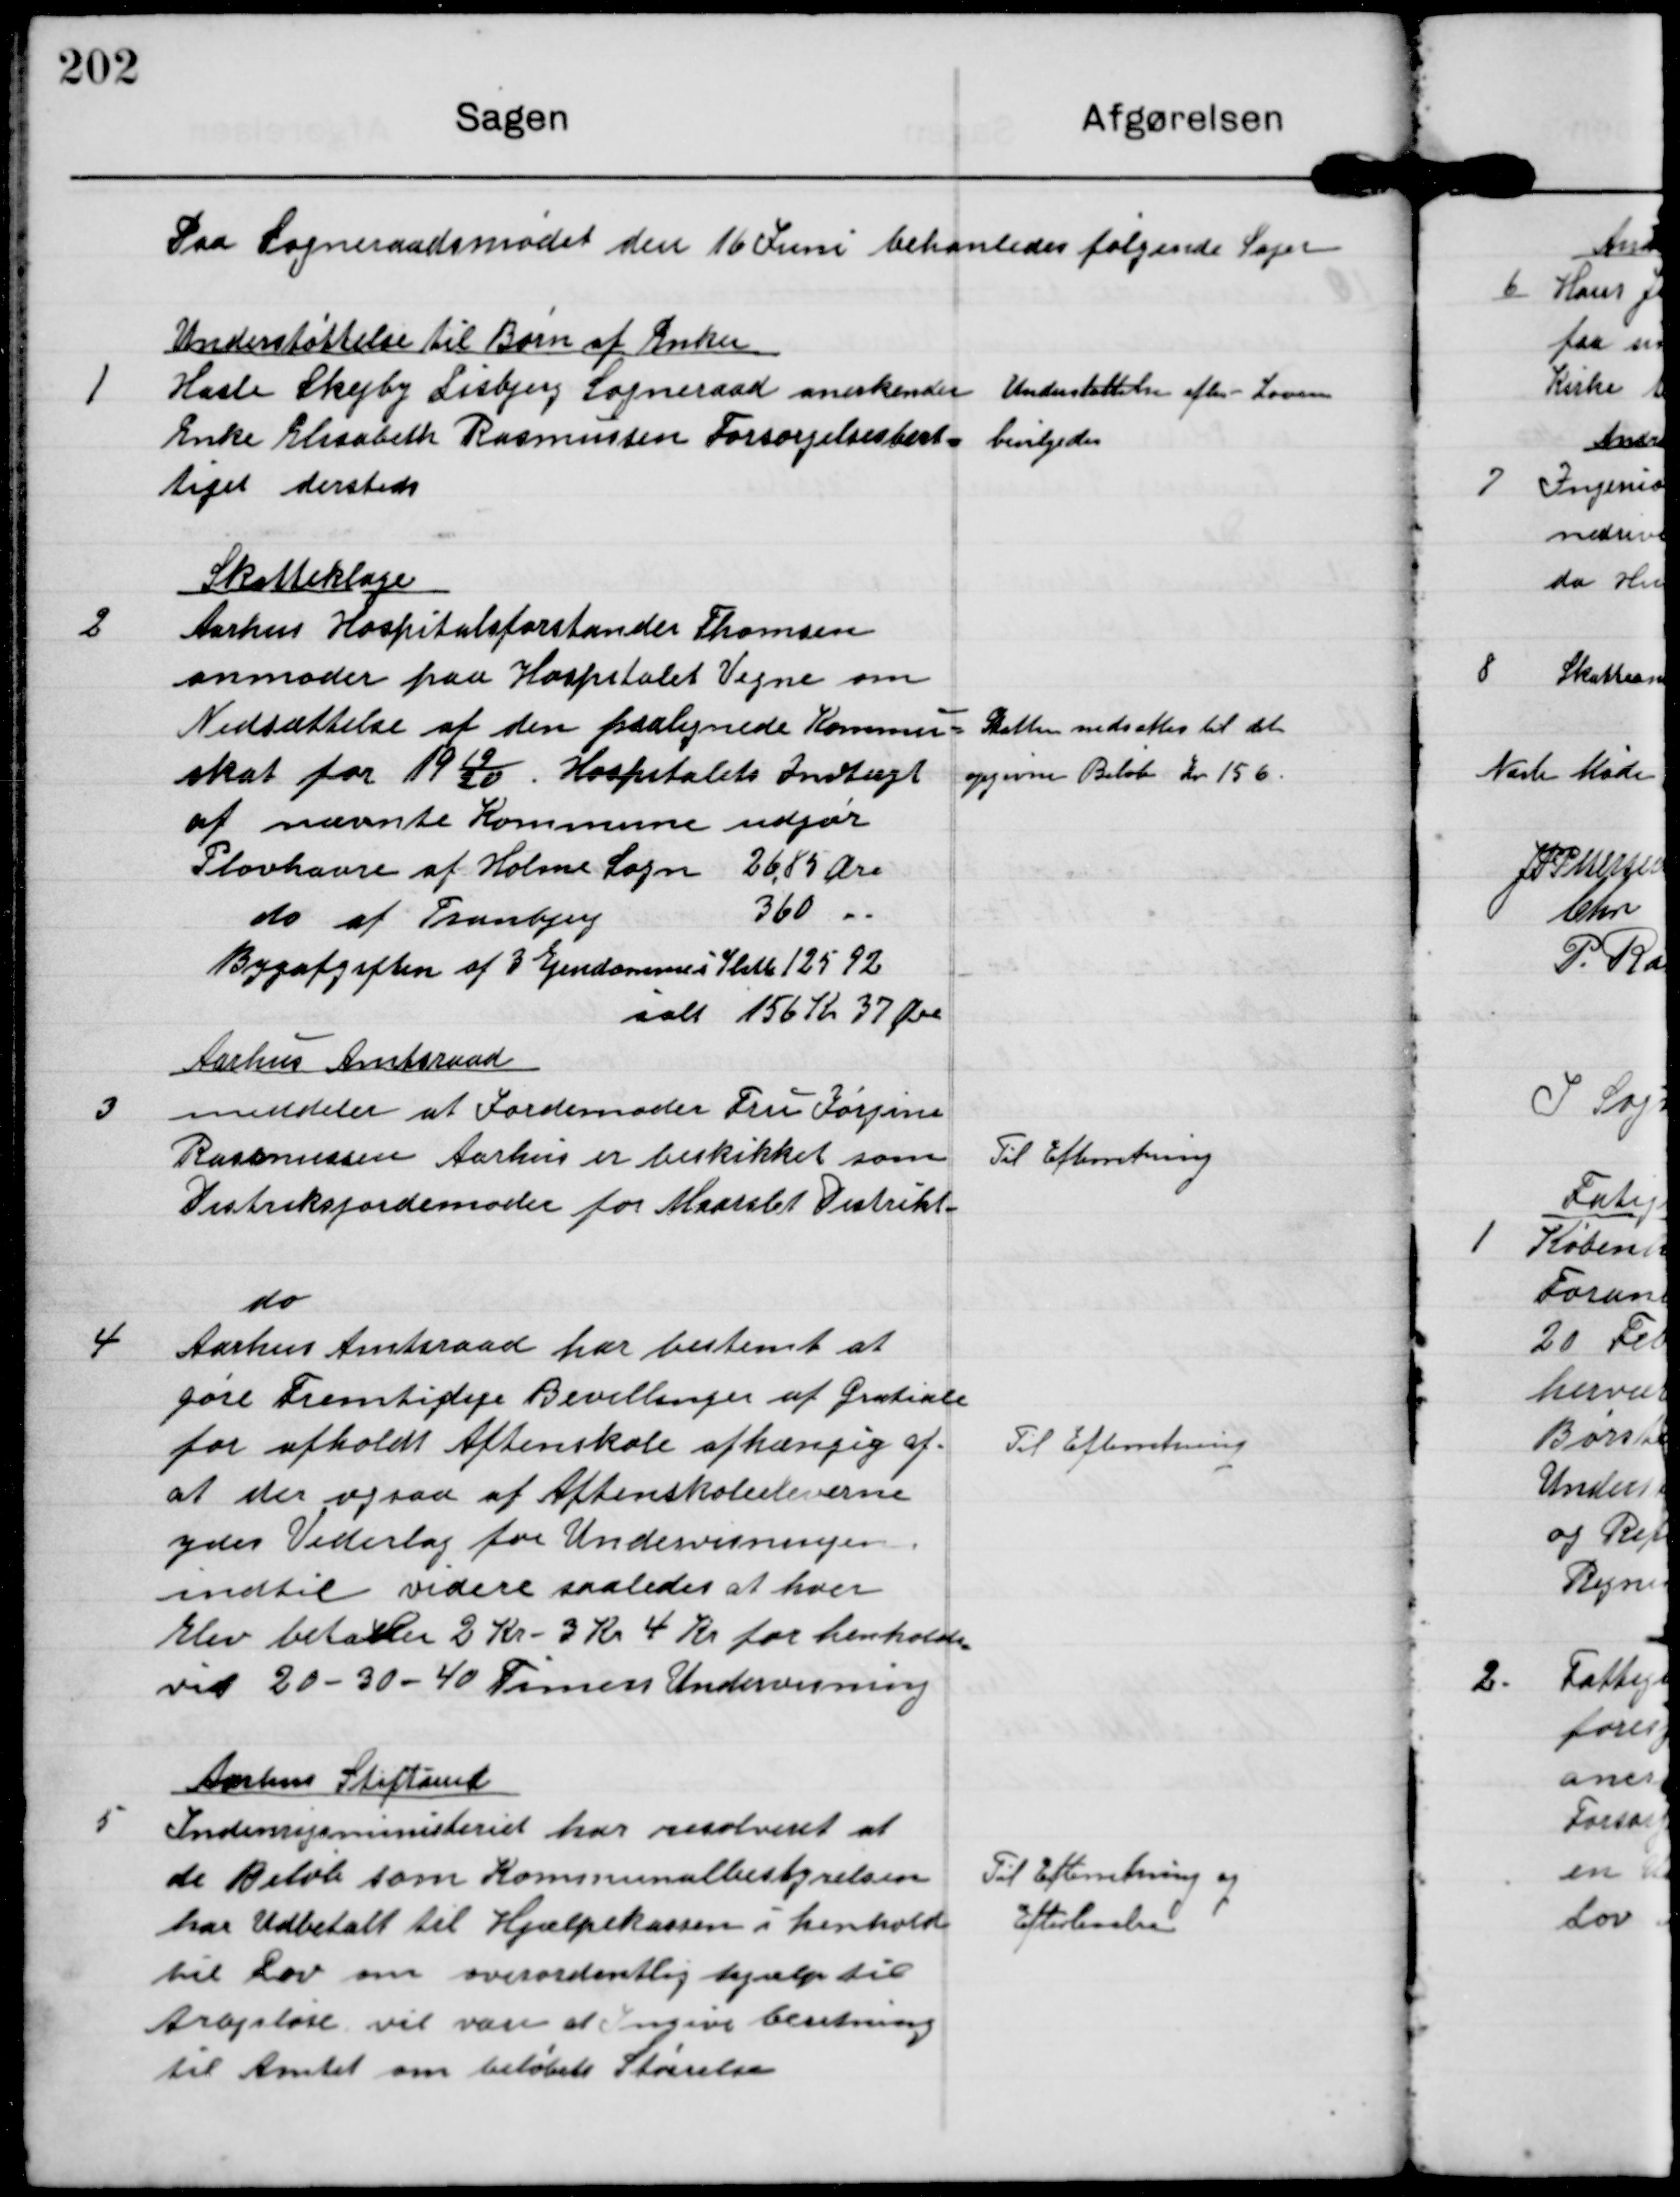
Transskription:
Paa Sogneraadsmødet den 16 Juni behandledes følgende Sager

1

Understøttelse til Børn af Enker
Hasle Skejby Lisbjerg Sogneraad anerkender
Enke Elisabeth Rasmussen Forsørgelsesberet-
tiget dersteds

Understøttelse efter Loven
bevilgedes

2

Skatteklage
Aarhus Hospitalsforstander Thomsen
anmoder paa Hospitalet Vegne om
Nedsættelse af den paalignede Kommu-
skat for 1919/20. Hospitals Indtægt
af nævnte Kommune udgør
Plovhavre af Holme Sogn 26,85 Øre
do af Tranbjerg 3,60 -
Bygafgiften af 3 Ejendomme i Sleth 125,92
ialt 156 Kr 37 Øre

Skatten nedsattes til det
opgivne Beløb Kr 156

3

Aarhus Amtsraad
meddeler at Jordemoder Fru Jørgine
Rasmussen Aarhus er beskikket som
Distriksjordemoder for Maarslet Distrikt.

Til Efterretning

4

do
Aarhus Amtsraad har bestemt at
gøre Fremtidige Bevillinger af Gratiale
for afholdt Aftenskole afhængig af,
at der ogsaa af Aftenskoleeleverne
ydes Vederlag for Undervisningen
indtil vidre saaledes at hver
Elev betaler 2 Kr - 3 Kr 4 Kr for henholds-
vis 20 - 30 - 40 Timers Undervisning.

Til Efterretning

5

Aarhus Stiftamt
Indenrigsministeriet har resolveret at
de Beløb som Kommunalbestyrelsen
har Udbetalt til Hjælpekassen i henhold
til Lov om overordentlig hjælp til
Arbejsløse vil være at ingive beretning
til Amtet om beløbets Størrelse

Til Efterretning og
Efterlevelse